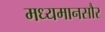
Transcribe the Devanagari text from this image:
मध्यमानसौर